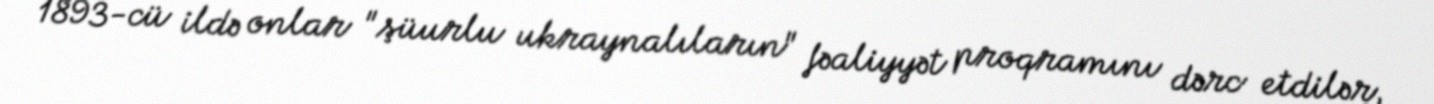
1893-cü ildə onlar "şüurlu ukraynalıların" fəaliyyət proqramını dərc etdilər,